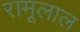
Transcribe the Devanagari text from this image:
रामूलाल